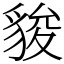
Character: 䝜